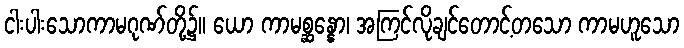
ငါးပါးသောကာမဂုဏ်တို့၌။ ယော ကာမစ္ဆန္နော၊ အကြင်လိုချင်တောင့်တသော ကာမဟူသော